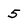
Character: 5